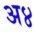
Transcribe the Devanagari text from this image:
अ४